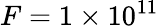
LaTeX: F=1\times 10^{11}